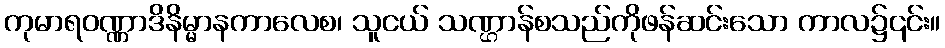
ကုမာရဝဏ္ဏာဒိနိမ္မာနကာလေစ၊ သူငယ် သဏ္ဌာန်စသည်ကိုဖန်ဆင်းသော ကာလ၌၎င်း။